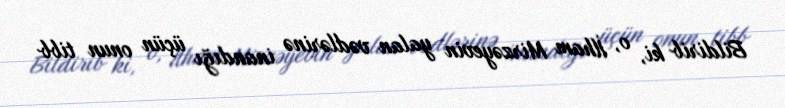
Bildirib ki, o, İlham Mirzəyevin yalan vədlərinə inandığı üçün onun tibb